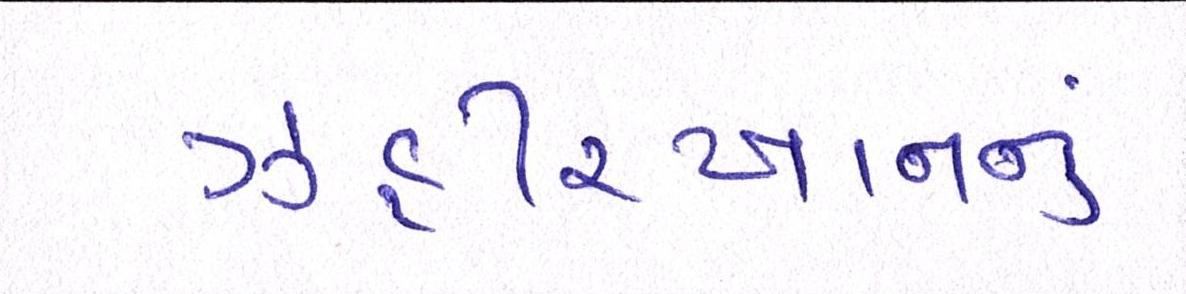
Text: ઝહીરખાનનું